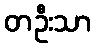
တဦးသာ